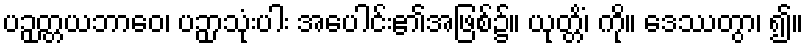
ပဉှတ္တယဘာဝေ၊ ပဉှာသုံးပါး အပေါင်း၏အဖြစ်၌။ ယုတ္တိံ၊ ကို။ ဒေဿတွာ၊ ၍။